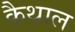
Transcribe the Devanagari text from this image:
कैथाल